Vaccination Hyderabad 1872-1889 - 1872-1889
Year: 1872
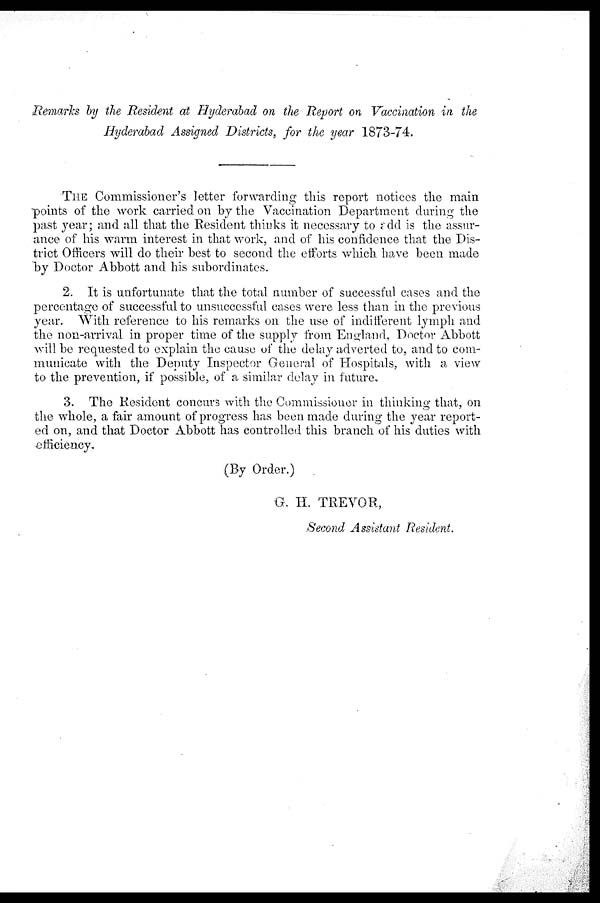
Remarks by the Resident at Hyderabad on the Report on Vaccination in the
Hyderabad Assigned Districts, for the year 1873-74.
THE Commissioner's letter forwarding this report notices the main
points of the work carried on by the Vaccination Department during the
past year; and all that the Resident thinks it necessary to add is the assur-
ance of his warm interest in that work, and of his confidence that the Dis-
trict Officers will do their best to second the efforts which have been made
by Doctor Abbott and his subordinates.
2. It is unfortunate that the total number of successful cases and the
percentage of successful to unsuccessful cases were less than in the previous
year. With reference to his remarks on the use of indifferent lymph and
the non-arrival in proper time of the supply from England, Doctor Abbott
will be requested to explain the cause of the delay adverted to, and to com-
municate with the Deputy Inspector General of Hospitals, with a view
to the prevention, if possible, of a similar delay in future.
3. The Resident concurs with the Commissioner in thinking that, on
the whole, a fair amount of progress has been made during the year report-
ed on, and that Doctor Abbott has controlled this branch of his duties with
efficiency.
(By Order.)
G. H. TREVOR,
Second Assistant Resident.